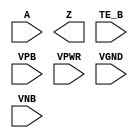
/**
 * Copyright 2020 The SkyWater PDK Authors
 *
 * Licensed under the Apache License, Version 2.0 (the "License");
 * you may not use this file except in compliance with the License.
 * You may obtain a copy of the License at
 *
 *     https://www.apache.org/licenses/LICENSE-2.0
 *
 * Unless required by applicable law or agreed to in writing, software
 * distributed under the License is distributed on an "AS IS" BASIS,
 * WITHOUT WARRANTIES OR CONDITIONS OF ANY KIND, either express or implied.
 * See the License for the specific language governing permissions and
 * limitations under the License.
 *
 * SPDX-License-Identifier: Apache-2.0
 */

`ifndef SKY130_FD_SC_HDLL__EINVN_PP_SYMBOL_V
`define SKY130_FD_SC_HDLL__EINVN_PP_SYMBOL_V

/**
 * einvn: Tri-state inverter, negative enable.
 *
 * Verilog stub (with power pins) for graphical symbol definition
 * generation.
 *
 * WARNING: This file is autogenerated, do not modify directly!
 */

`timescale 1ns / 1ps
`default_nettype none

(* blackbox *)
module sky130_fd_sc_hdll__einvn (
    //# {{data|Data Signals}}
    input  A   ,
    output Z   ,

    //# {{control|Control Signals}}
    input  TE_B,

    //# {{power|Power}}
    input  VPB ,
    input  VPWR,
    input  VGND,
    input  VNB
);
endmodule

`default_nettype wire
`endif  // SKY130_FD_SC_HDLL__EINVN_PP_SYMBOL_V